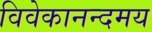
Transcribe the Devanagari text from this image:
विवेकानन्दमय